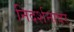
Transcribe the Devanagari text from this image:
निदर्शनावर